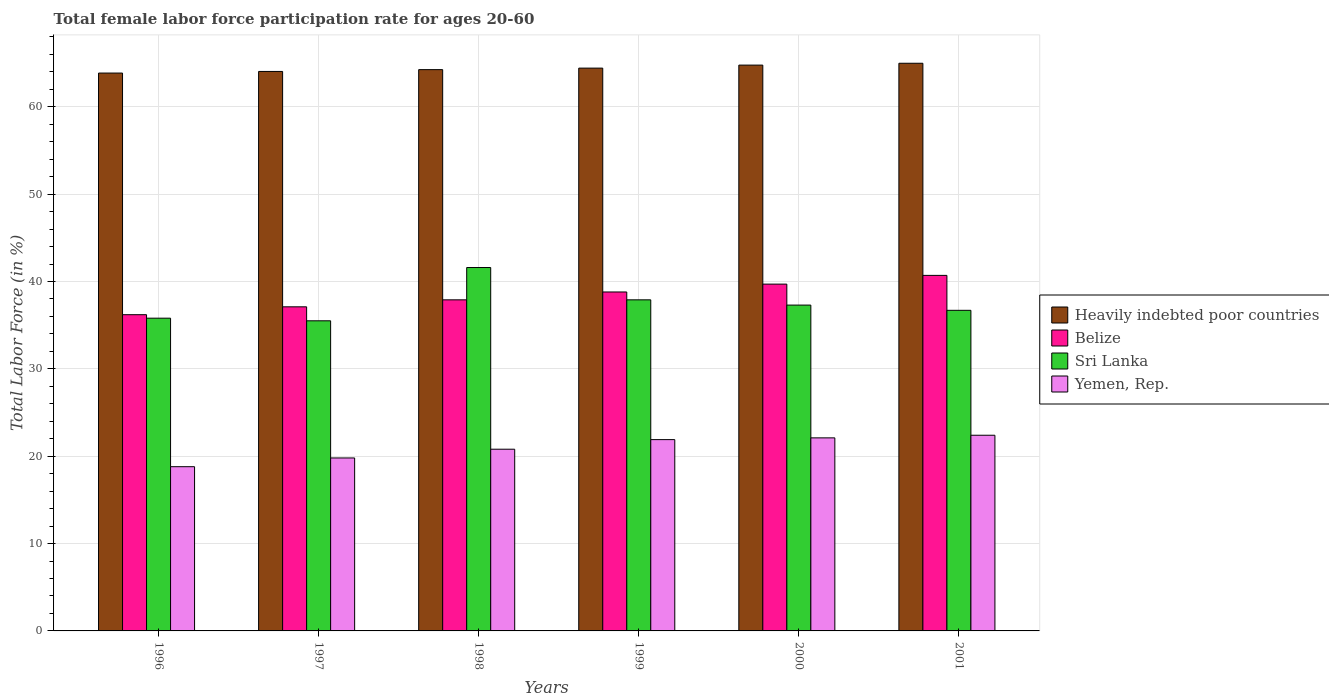
| Years | Heavily indebted poor countries | Belize | Sri Lanka | Yemen, Rep. |
 | --- | --- | --- | --- | --- |
 | 1996 | 63.9 | 36.2 | 35.8 | 18.8 |
 | 1997 | 64 | 37.1 | 35.5 | 19.8 |
 | 1998 | 64.3 | 37.9 | 41.6 | 20.8 |
 | 1999 | 64.4 | 38.8 | 37.9 | 21.9 |
 | 2000 | 64.8 | 39.7 | 37.3 | 22.1 |
 | 2001 | 65 | 40.7 | 36.7 | 22.4 |